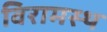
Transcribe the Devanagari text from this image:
विरामस्थ